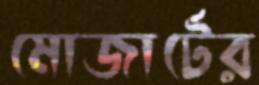
মোজার্টের